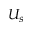
U _ { s }